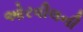
ઓરવીલની